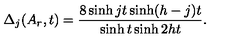
\Delta _ { j } ( A _ { r } , t ) = \frac { 8 \sinh j t \sinh ( h - j ) t } { \sinh t \sinh 2 h t } .